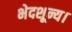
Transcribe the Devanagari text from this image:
भेदशून्य।